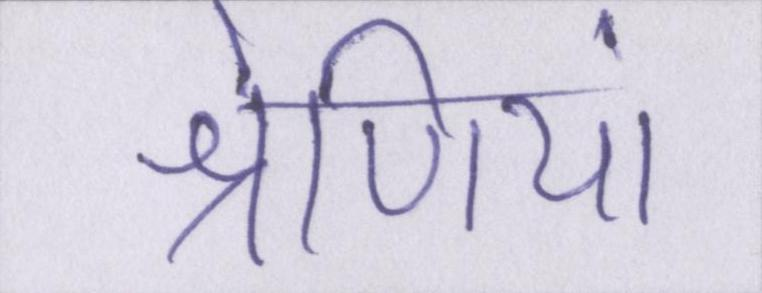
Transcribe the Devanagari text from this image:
श्रेणियां